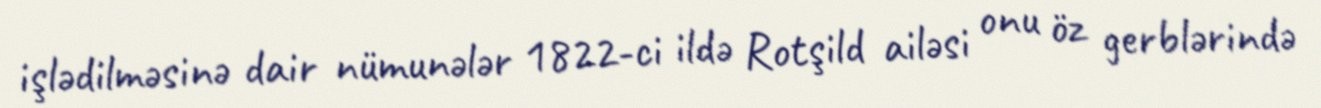
işlədilməsinə dair nümunələr 1822-ci ildə Rotşild ailəsi onu öz gerblərində